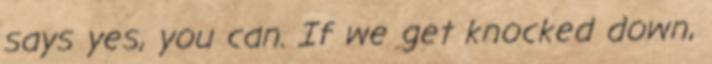
says yes, you can. If we get knocked down,